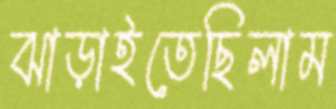
ঝাড়াইতেছিলাম